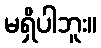
မရှိပါဘူး။